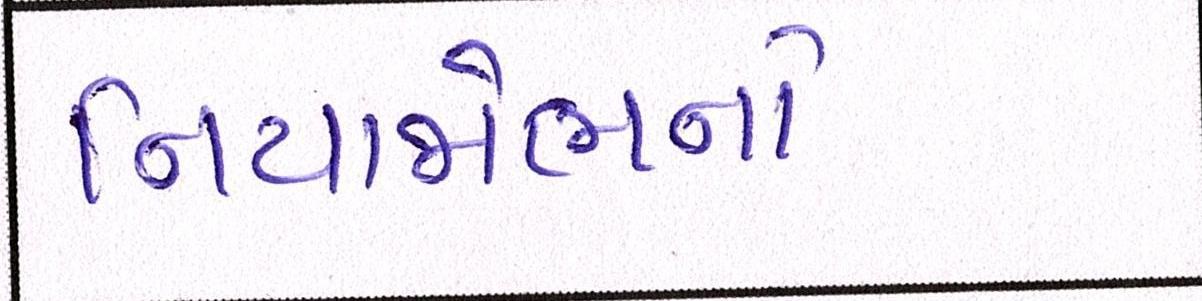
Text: નિયાજોભનો